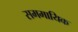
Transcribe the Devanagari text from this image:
सममायिक